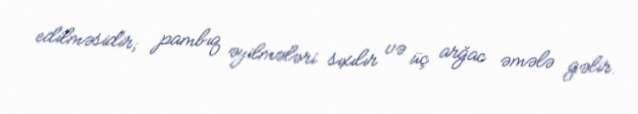
edilməsidir; pambıq əyilmələri sıxılır və üç arğac əmələ gəlir.